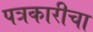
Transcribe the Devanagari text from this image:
पत्रकारीचा